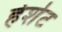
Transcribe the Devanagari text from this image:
हेशेट